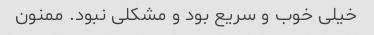
خیلی خوب و سریع بود و مشکلی نبود. ممنون